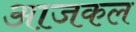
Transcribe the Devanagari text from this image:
अाजकल